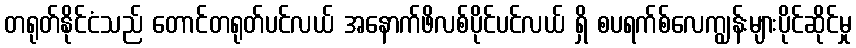
တရုတ်နိုင်ငံသည် တောင်တရုတ်ပင်လယ် အနောက်ဖိလစ်ပိုင်ပင်လယ် ရှိ စပရက်စ်လေကျွန်းများပိုင်ဆိုင်မှု